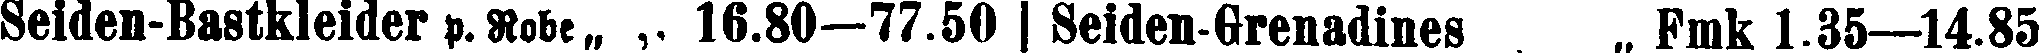
Seiden-Bastkleider p. Robe,, ,. 16.80—77.50 Seiden Grenadines ,, Fmk 1.35—14.85